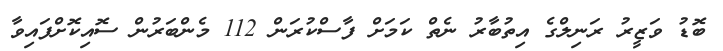
ބޮޑު ވަޒީރު ރަނިލްގެ އިތުބާރު ނެތް ކަމަށް ފާސްކުރަން 112 މެންބަރުން ސޮއިކޮށްފައިވާ